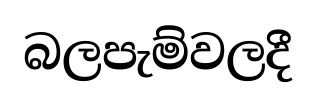
බලපැම්වලදී